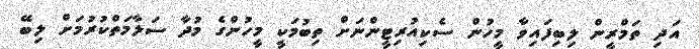
އަދި ތަމްރީން ލިބިފައިވާ މީހުން ސެކިއުރިޓީންނަށް ތިބުމަކީ މީހުންގެ މުދާ ސަލާމަތްކުރުމަށް ލިބޭ